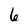
Character: 6